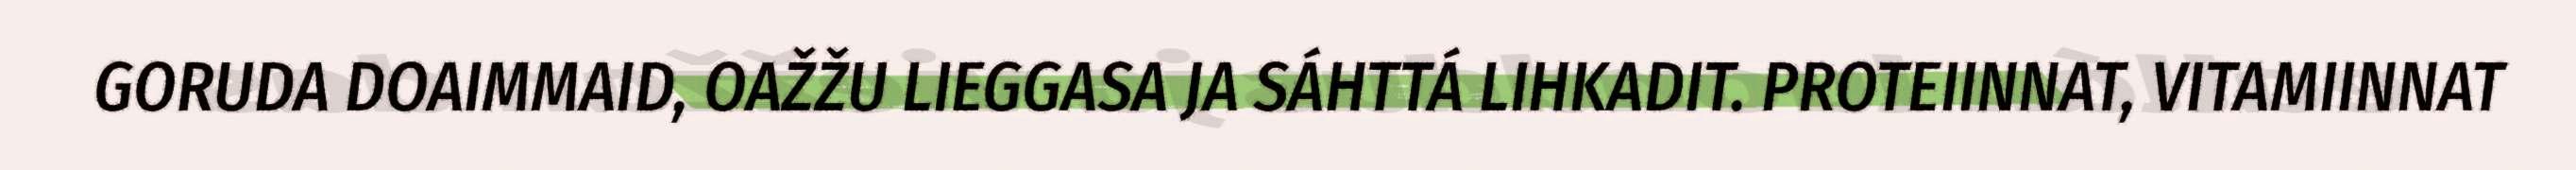
GORUDA DOAIMMAID, OAŽŽU LIEGGASA JA SÁHTTÁ LIHKADIT. PROTEIINNAT, VITAMIINNAT